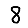
Digit: 8